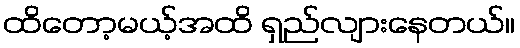
ထိတော့မယ့်အထိ ရှည်လျားနေတယ်။